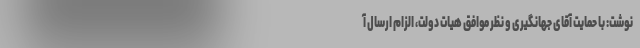
نوشت: با حمایت آقای جهانگیری و نظر موافق هیات دولت، الزام ارسال آ